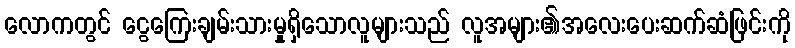
လောကတွင် ငွေကြေးချမ်းသားမှုရှိသောလူများသည် လူအများ၏အလေးပေးဆက်ဆံဖြင်းကို